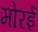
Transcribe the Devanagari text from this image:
मोरई